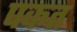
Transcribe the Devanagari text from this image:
पकत